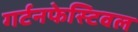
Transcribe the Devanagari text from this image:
गर्टनफेस्टिवल